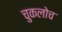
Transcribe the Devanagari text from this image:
चुकलोच